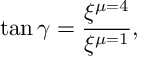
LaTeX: \tan \gamma = \frac { \xi ^ { \mu = 4 } } { \xi ^ { \mu = 1 } } ,